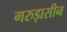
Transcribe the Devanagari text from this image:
गरुड़ासीन